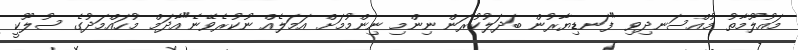
މައުލޫމާތު މުއްސަނދިވި "ފަނޑިޔާރުން ބަދަލުކުރަން ނިންމި ނިންމުމަށް އަމަލެއް ނުކުރެވޭނެ"އާދަމް މުހައްމަދުގެ ސުލޫކީ